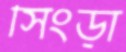
সিংড়া